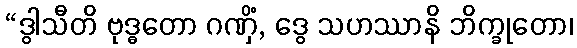
“ဒွါသီတိ ဗုဒ္ဓတော ဂဏှိံ, ဒွေ သဟဿာနိ ဘိက္ခုတော၊